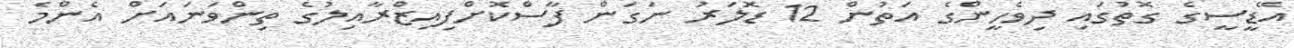
އޭޑީސީގެ ގޮތުގައި ދިވެހީންގެ އަތުން 12 ޑޮލަރު ނަގަން ފާސްކޮށްފިއިޒްރާއިލުގެ ތިންވަނައަށް އެންމެ